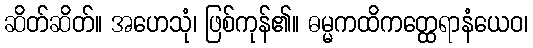
ဆိတ်ဆိတ်။ အဟေသုံ၊ ဖြစ်ကုန်၏။ ဓမ္မကထိကတ္ထေရာနံယေဝ၊